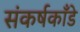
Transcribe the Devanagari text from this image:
संकर्षकाँडे